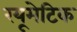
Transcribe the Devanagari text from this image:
रयूमेटिक